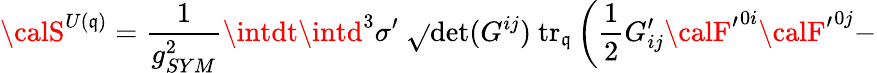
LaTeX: {\calS}^{U(\mathfrak{q})}=\frac{{1}}{{g_{SYM}^{2}}}\intdt\intd^{3}\sigma^{\prime}~\sqrt{}{{\operatorname*{det}(G^{ij})}}~\mathrm{{tr}}_{\mathfrak{q}}\left(\frac{{1}}{{2}}G_{ij}^{\prime}{\calF^{\prime}}^{0i}{\calF^{\prime}}^{0j}-\right.